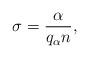
LaTeX: \begin{align*} \sigma = \frac\alpha{q_\alpha n},\end{align*}